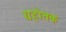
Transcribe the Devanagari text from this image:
ग्रहौतक